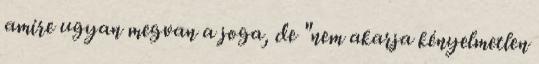
amire ugyan megvan a joga, de "nem akarja kényelmetlen